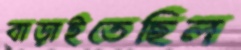
বাড়াইতেছিল